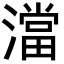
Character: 澢